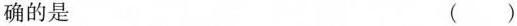
确的是 ( )